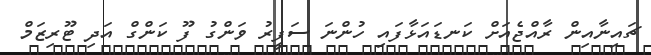
ޗައިނާއިން ރާއްޖެއަށް ކަނޑައަޅާފައި ހުންނަ ސަފީރު ވަންގު ފޫ ކަންގް އަދި ޓޫރިޒަމް